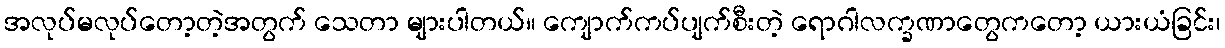
အလုပ်မလုပ်တော့တဲ့အတွက် သေတာ များပါတယ်။ ကျောက်ကပ်ပျက်စီးတဲ့ ရောဂါလက္ခဏာတွေကတော့ ယားယံခြင်း၊